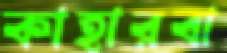
কাহারবা